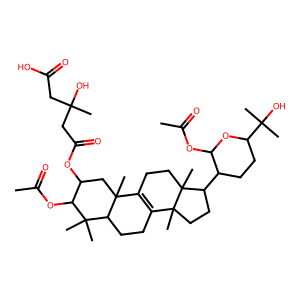
SMILES: CC(=O)OC1OC(C(C)(C)O)CCC1C1CCC2(C)C3=C(CCC12C)C1(C)CC(OC(=O)CC(C)(O)CC(=O)O)C(OC(C)=O)C(C)(C)C1CC3
Inhibits HIV replication: No